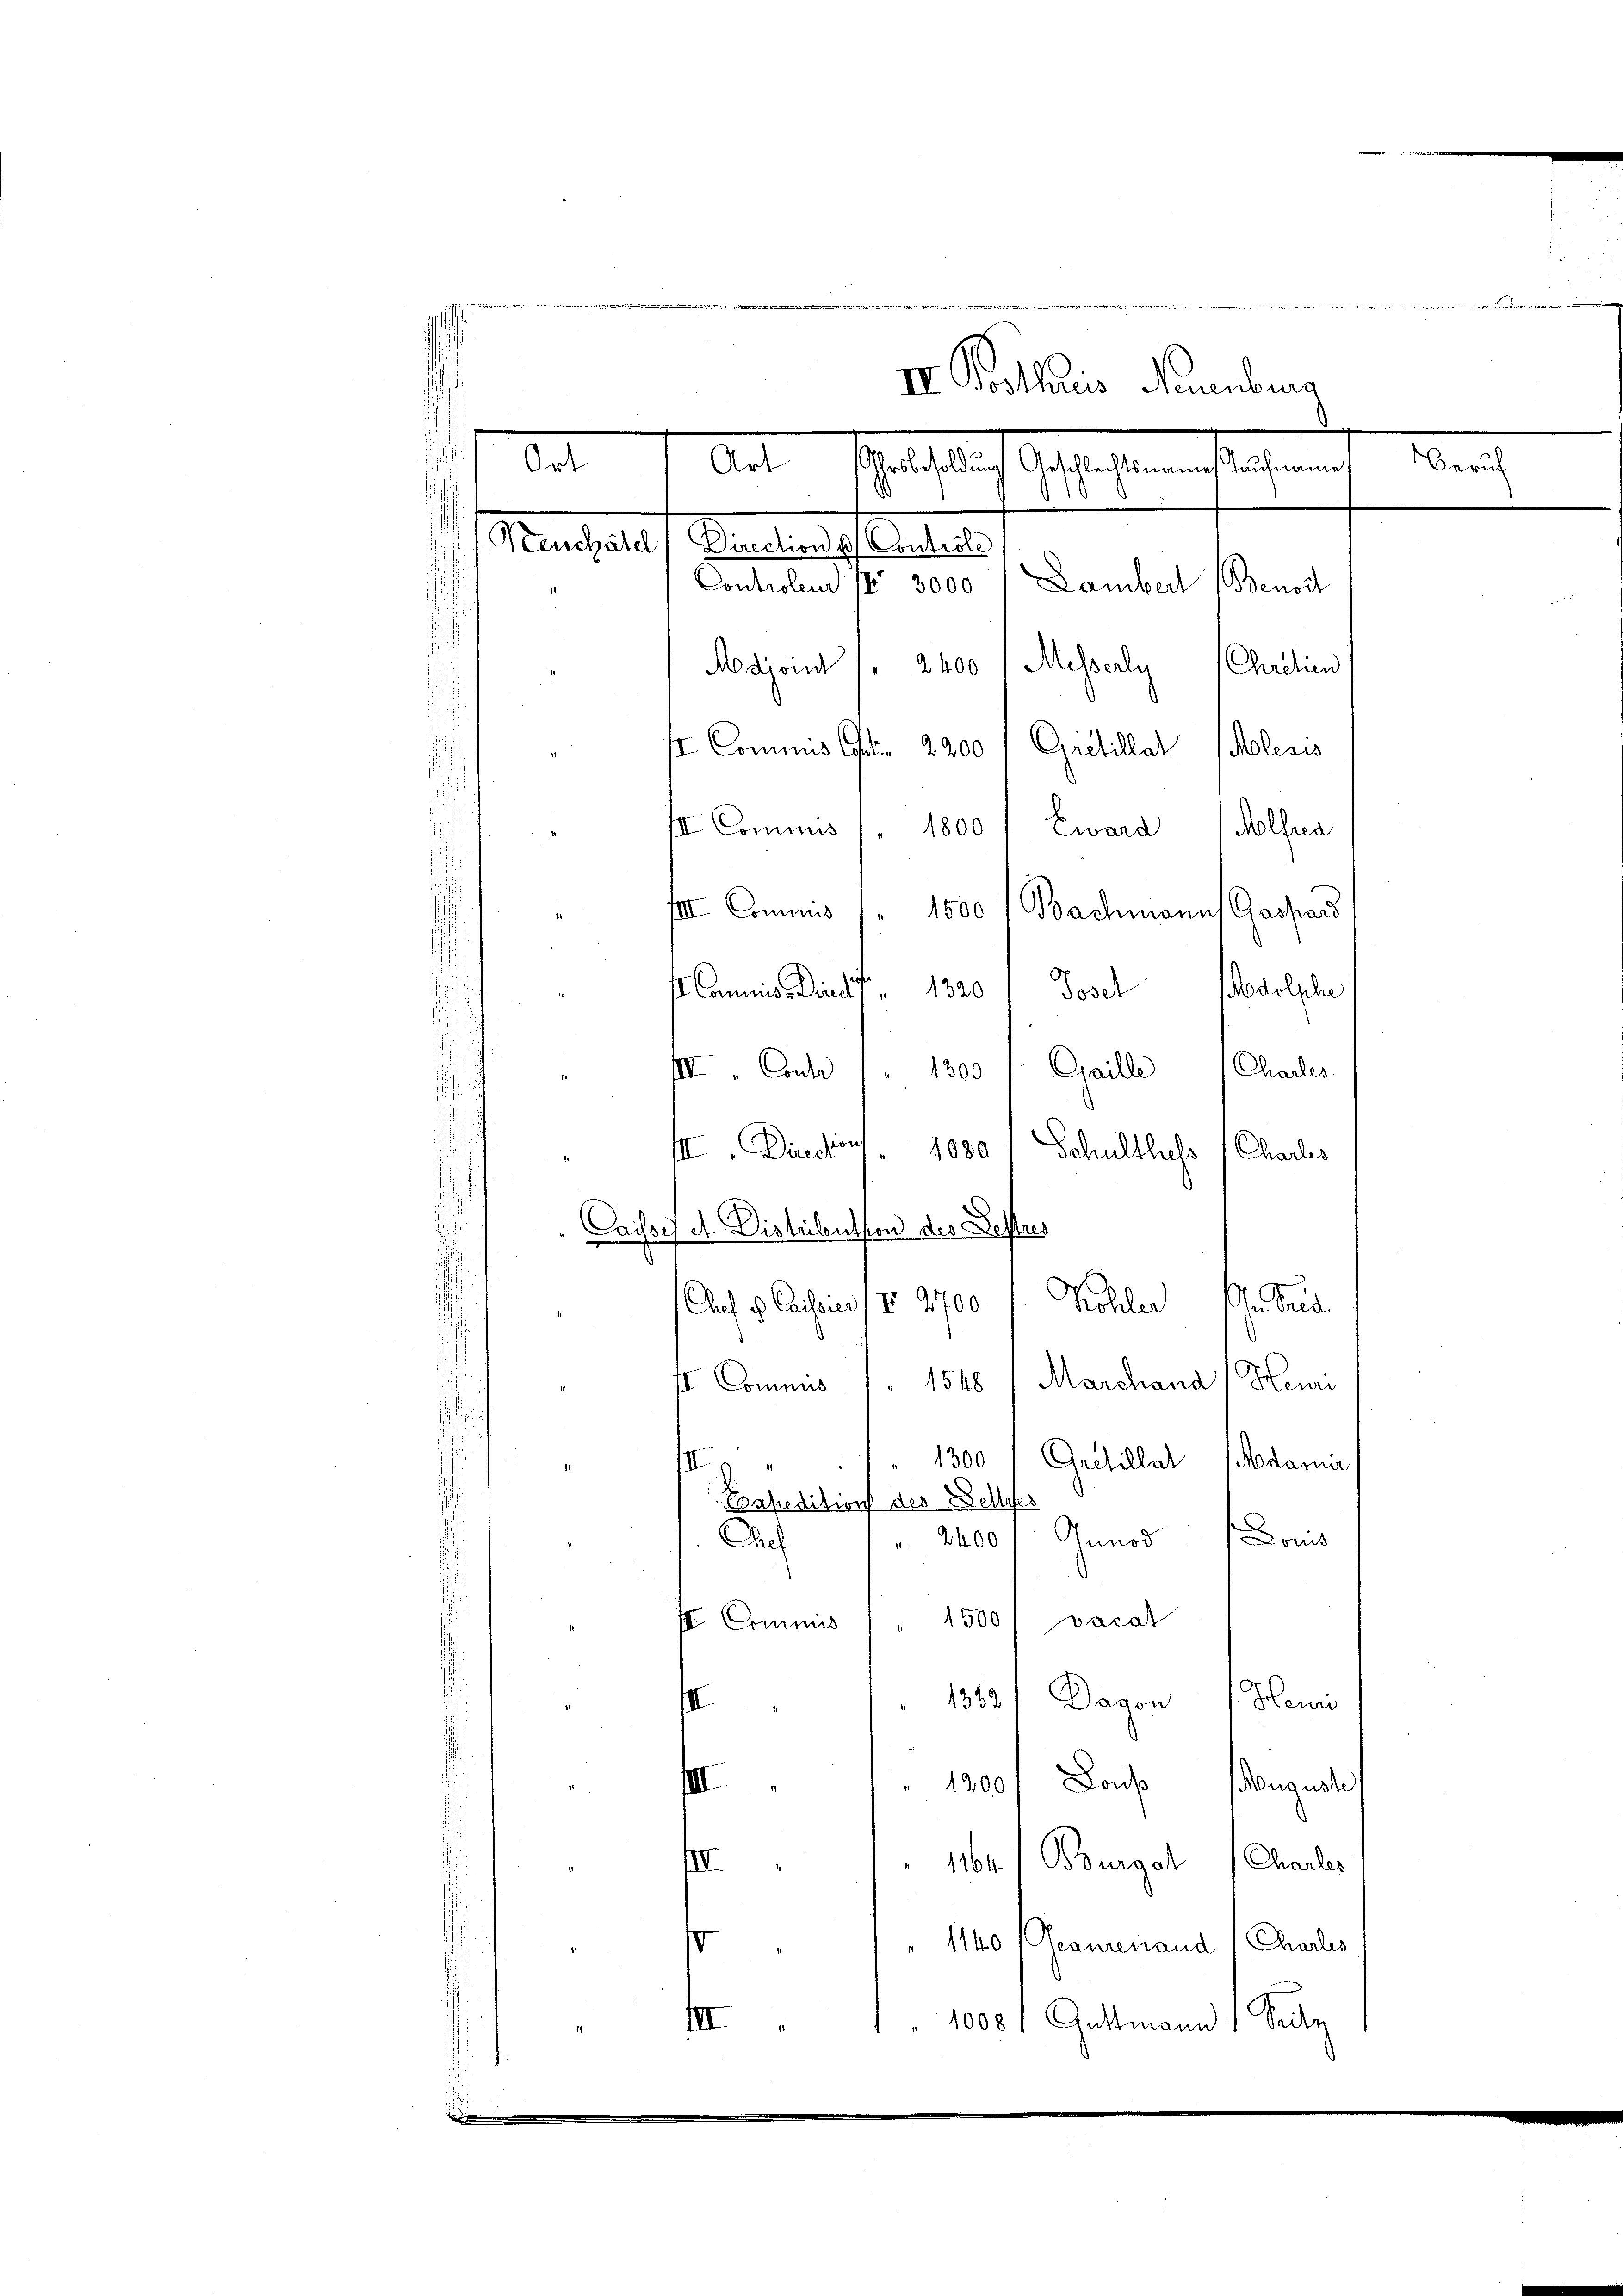
e
 M m
IV. Posthauris Neuenburg
¬
Ort
schriftlich schieht einheit eingen eine
Art
d
Marthaltet Staatsangeferenten,
Controlen (§ 3000 f Lambert
Benort
Adjond / 2400 1 Messerly (Chrilien
I Commis Art. 2200 f Gritillat (Molesis
I Commis ). 1800 " Eward (Molfra
fer Commis / 1500 (Bachmann Gaspar
ICannis Direct. 13201 Josef Podolphe

II Cour 1. 1300 f. Gaille Charles
¬
Schulthess
III. Directions 1080
Charleis
Caisses et Distribution des Bestres
M. Sus
Auch dahin v. 1700 f. Pichler
4 Commis 7. 1548, Marchana / Heu
i
1300 (Gretillat dama
III.
Conpedition des Dellier
2400 f Genod Doms
A
" 1500 / vocat
f Commis
Henri
1332. Dagon
e
1200f Don Bougust
III
f
1104. Bourgel (Chaler
o
" 1140 (Geaurenaud, Charles
" 1000 Gattmann 1 Seite
r

e